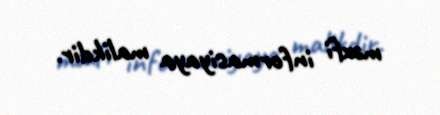
məxfi informasiyaya malikdir.